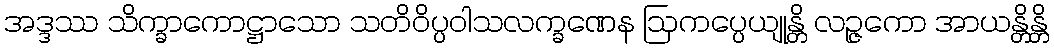
အဒ္ဒဿ သိက္ခာကောဋ္ဌာသော သတိဝိပ္ပဝါသလက္ခဏေန ဩကပ္ပေယျုန္တိ လဉ္ဇကော အာယန္တိန္တိ